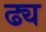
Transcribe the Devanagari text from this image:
ढ्य